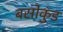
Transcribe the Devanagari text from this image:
बसोकुंड